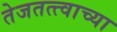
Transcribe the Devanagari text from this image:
तेजतत्त्वाच्या